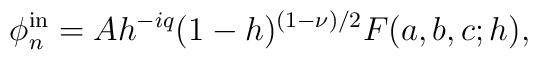
\phi^{\rm in}_n = A h^{-i q} (1-h)^{(1-\nu)/2} F(a,b,c;h),